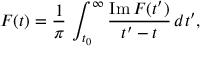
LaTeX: F ( t ) = \frac { 1 } { \pi } \, \int _ { t _ { 0 } } ^ { \infty } \frac { \mathrm { I m } \, F ( t ^ { \prime } ) } { t ^ { \prime } - t } \, d t ^ { \prime } ,